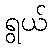
ရွယ်